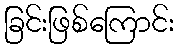
ခြင်းဖြစ်ကြောင်း